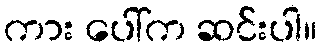
ကား ပေါ်က ဆင်းပါ။